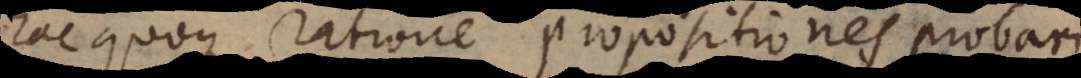
hac quoque ratione propositiones probari